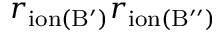
r _ { \mathrm { i o n ( B ^ { \prime } ) } } r _ { \mathrm { i o n ( B ^ { \prime \prime } ) } }